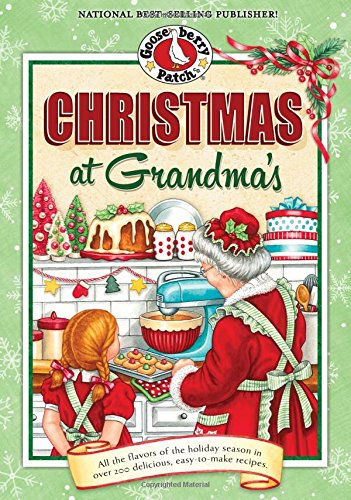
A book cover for Christmas at Grandma's: All the Flavors of the Holiday Season in Over 200 Delicious Easy-to-Make Recipes (Seasonal Cookbook Collection); Gooseberry Patch; Cookbooks, Food & Wine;